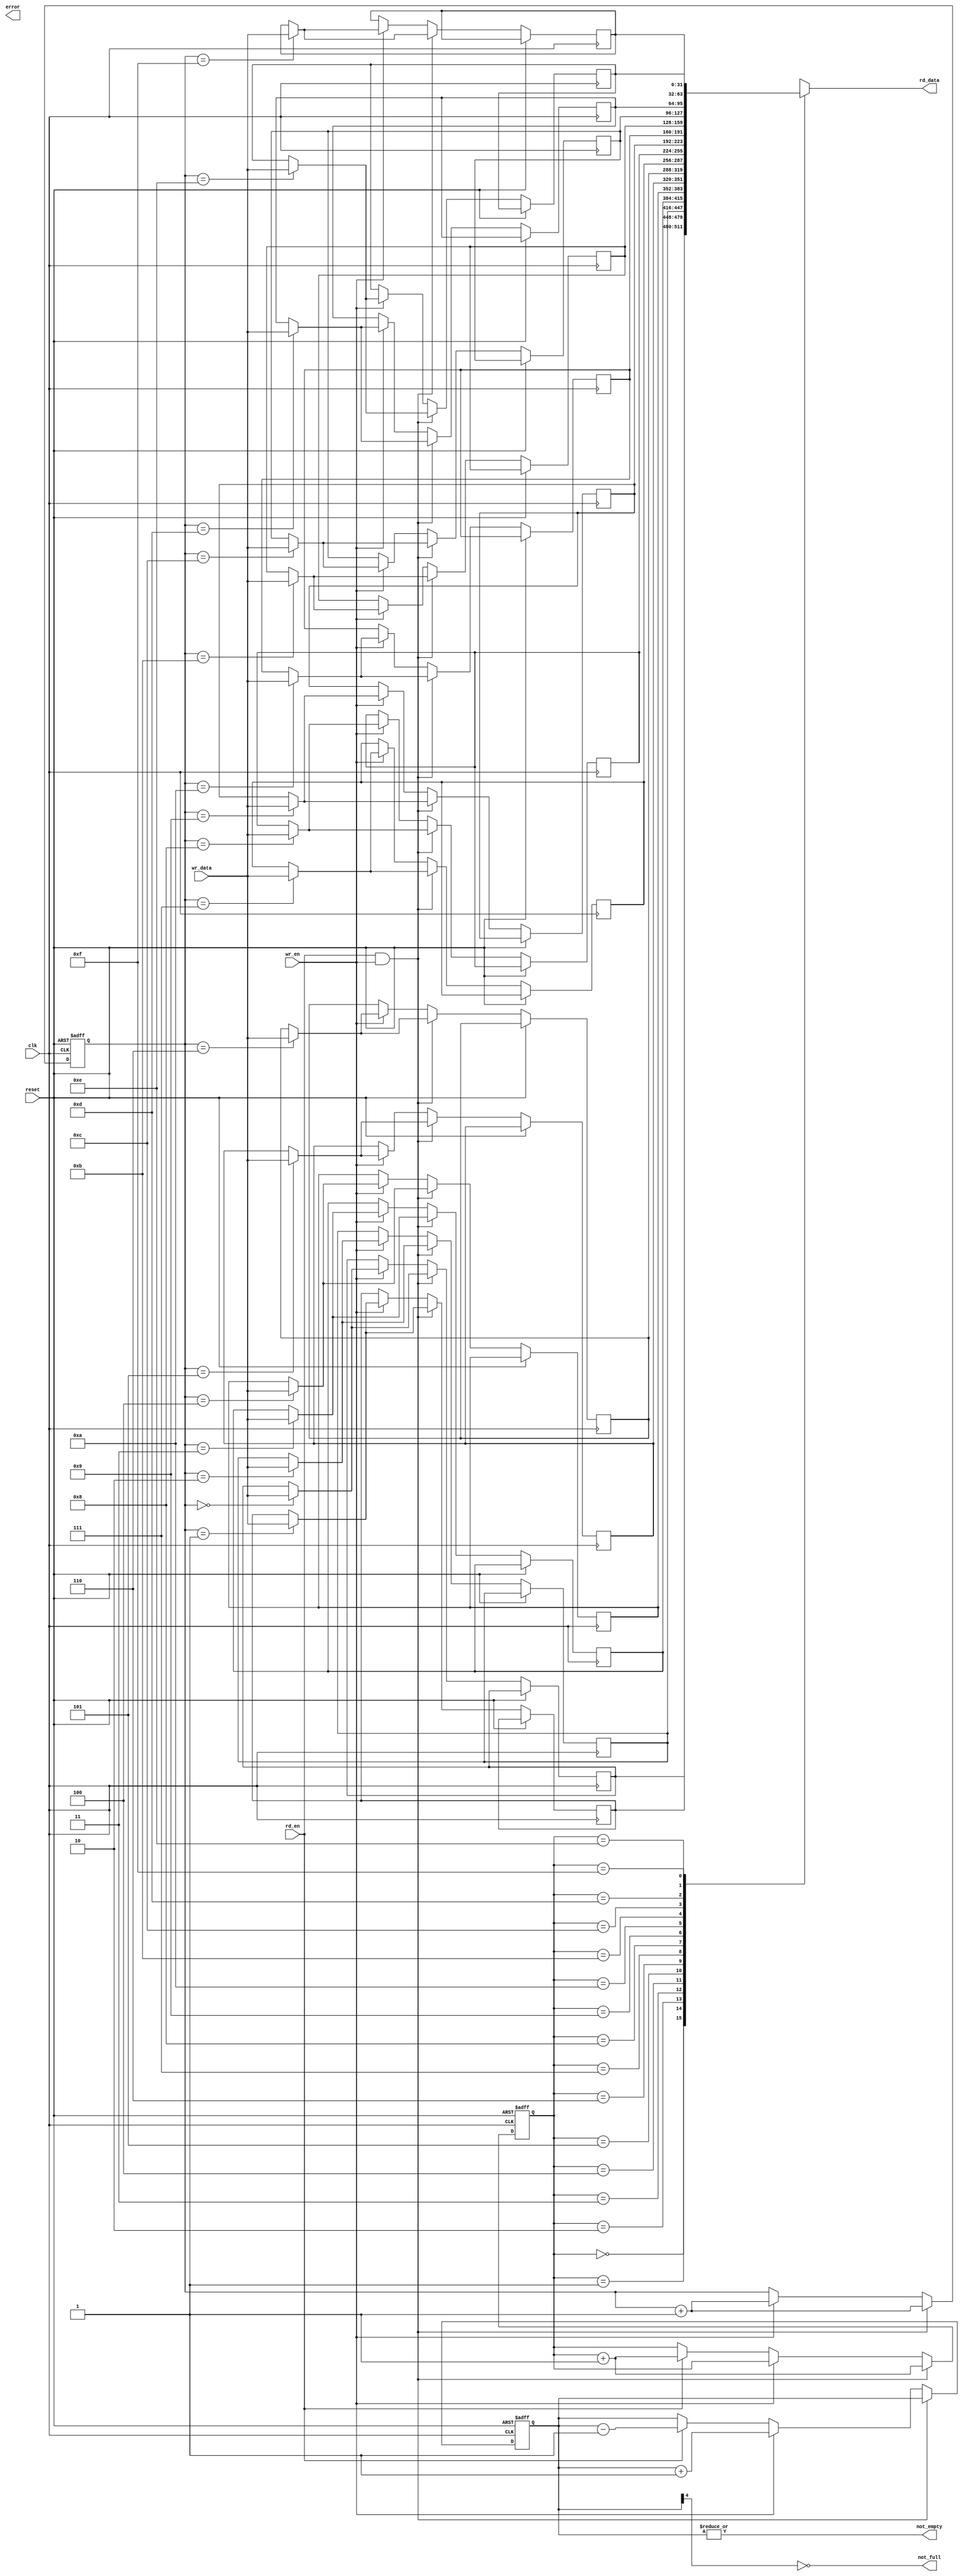
module fifo(
	clk,
	reset,
	wr_en,
	rd_en,
	wr_data,
	rd_data, 
	not_full,
	not_empty,
	error
);

parameter DATA_WIDTH = 32;
parameter ADDR_WIDTH = 4;
localparam FIFO_SIZE = {1'b1, {(ADDR_WIDTH){1'b0}}};

input clk;
input reset;
input wr_en;
input rd_en;
input [DATA_WIDTH-1:0] wr_data;
output [DATA_WIDTH-1:0] rd_data;
output not_full;
output not_empty;
output error;

reg [DATA_WIDTH-1:0] queue[0:FIFO_SIZE-1];
reg [ADDR_WIDTH-1:0] rd_index;
reg [ADDR_WIDTH-1:0] wr_index;
reg [ADDR_WIDTH:0] count;

// Precompute several reused things

wire [ADDR_WIDTH-1:0] next_rd_index = rd_index + 1'b1;
wire [ADDR_WIDTH-1:0] next_wr_index = wr_index + 1'b1;

wire [ADDR_WIDTH:0] increase_count = count + 1'b1;
wire [ADDR_WIDTH:0] decrease_count = count - 1'b1;

`ifdef USE_SEQUENTIAL
reg rd_buffer;
reg not_empty_buffer;
reg not_full_buffer;

always @(posedge clk)
begin
	rd_buffer <= queue[rd_index];
	not_empty_buffer <= |count;
	not_full_buffer <= ~count[ADDR_WIDTH];
end
assign not_full = not_full_buffer;
assign not_empty = not_empty_buffer;
assign rd_data = rd_buffer;
`else
assign not_full = ~count[ADDR_WIDTH];
assign not_empty = |count;
assign rd_data = queue[rd_index];
`endif

always @(posedge clk or posedge reset)
begin
	if (reset)
	begin
		wr_index <= 1'b0;
		rd_index <= 1'b0;
		count <= 1'b0;
	end
	else if (rd_en & wr_en)
	begin
		// Read and write at the same time
		queue[wr_index] <= wr_data;
		rd_index <= next_rd_index;
		wr_index <= next_wr_index;
	end
	else if (wr_en)
	begin
		// Only write
		queue[wr_index] <= wr_data;
		wr_index <= next_wr_index;
		count <= increase_count;
	end
	else if (rd_en)
	begin
		// Only read
		rd_index <= next_rd_index;
		count <= decrease_count;
	end
end

endmodule